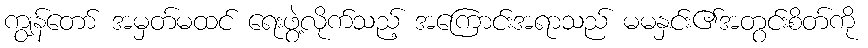
ကျွန်တော် အမှတ်မထင် ရေးဖွဲ့လိုက်သည့် အကြောင်းအရာသည် မမနှင်း၏အတွင်းစိတ်ကို